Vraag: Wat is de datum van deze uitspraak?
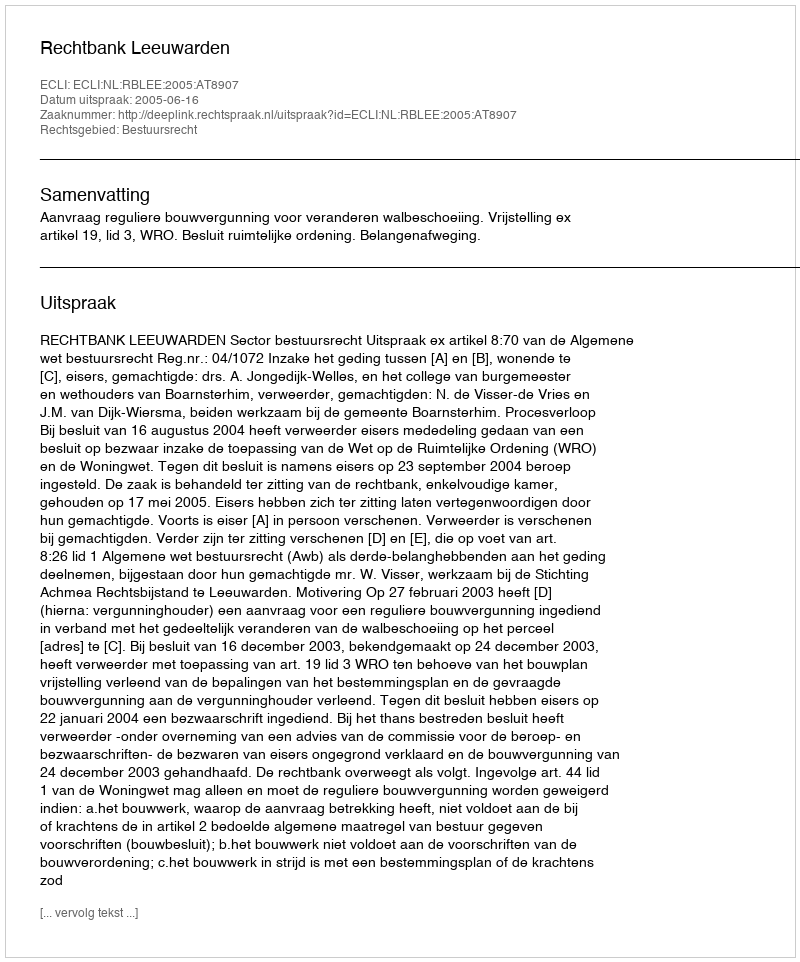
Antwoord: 2005-06-16